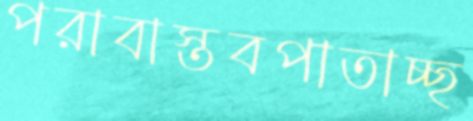
পরাবাস্তবপাতাচ্ছ